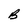
Character: B